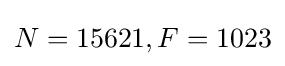
N=15621,F=1023